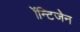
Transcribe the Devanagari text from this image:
ॲन्टिजेन